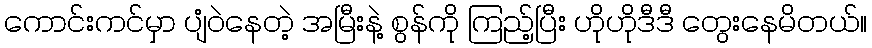
ကောင်းကင်မှာ ပျံဝဲနေတဲ့ အမြီးနဲ့ စွန်ကို ကြည့်ပြီး ဟိုဟိုဒီဒီ တွေးနေမိတယ်။